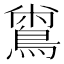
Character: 𪂟